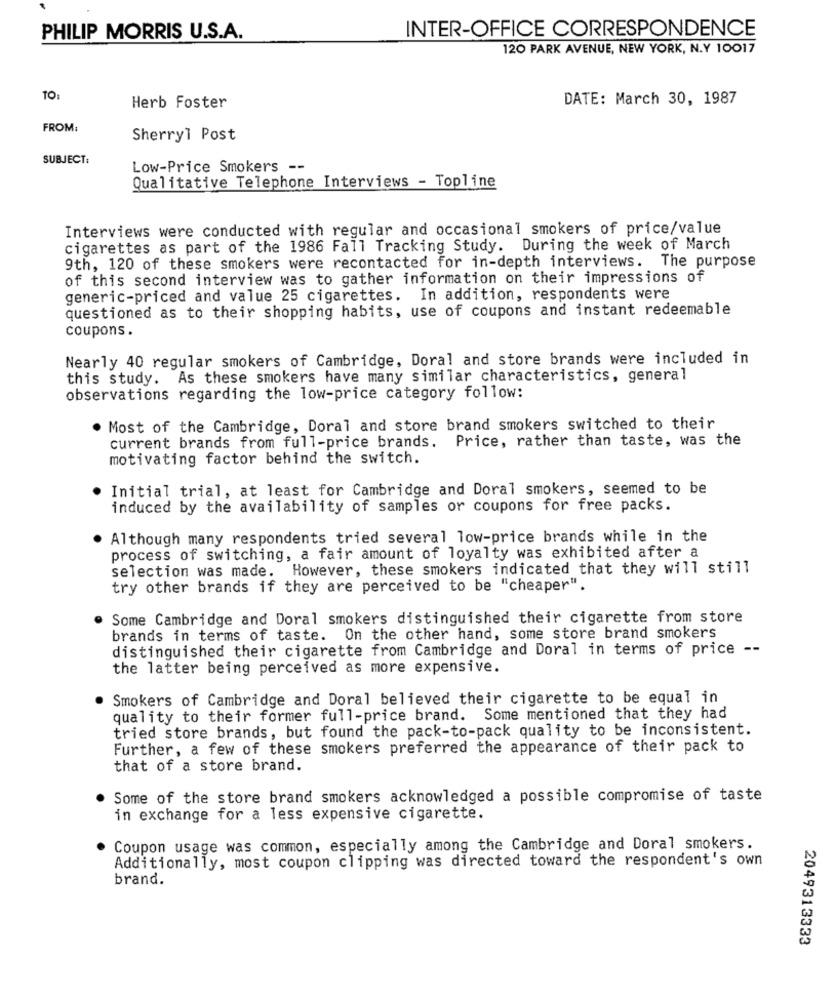
INTER-OFFICE CORRESPONDENCE
PHILIP MORRIS U.S.A.
120 PARK AVENUE, NEW YORK, N.Y 10017
TO:
DATE: March 30, 1987
Herb Foster
FROM:
Sherryl Post
SUBJECT:
Low-Price Smokers --
Qualitative Telephone Interviews - Topline
Interviews were conducted with regular and occasional smokers of price/value
cigarettes as part of the 1986 Fall Tracking Study. During the week of March
9th, 120 of these smokers were recontacted for in-depth interviews. The purpose
of this second interview was to gather information on their impressions of
generic-priced and value 25 cigarettes. In addition, respondents were
questioned as to their shopping habits, use of coupons and instant redeemable
coupons.
Nearly 40 regular smokers of Cambridge, Doral and store brands were included in
this study. As these smokers have many similar characteristics, general
observations regarding the low-price category follow:
Most of the Cambridge, Doral and store brand smokers switched to their
current brands from full-price brands. Price, rather than taste, was the
motivating factor behind the switch.
Initial trial, at least for Cambridge and Doral smokers, seemed to be
induced by the availability of samples or coupons for free packs.
Although many respondents tried several low-price brands while in the
process of switching, a fair amount of loyalty was exhibited after a
selection was made. However, these smokers indicated that they will still
try other brands if they are perceived to be "cheaper".
Some Cambridge and Doral smokers distinguished their cigarette from store
brands in terms of taste. On the other hand, some store brand smokers
distinguished their cigarette from Cambridge and Doral in terms of price --
the latter being perceived as more expensive.
Smokers of Cambridge and Doral believed their cigarette to be equal in
quality to their former full-price brand. Some mentioned that they had
tried store brands, but found the pack-to-pack quality to be inconsistent.
Further, a few of these smokers preferred the appearance of their pack to
that of a store brand.
Some of the store brand smokers acknowledged a possible compromise of taste
in exchange for a less expensive cigarette.
Coupon usage was common, especially among the Cambridge and Doral smokers.
Additionally, most coupon clipping was directed toward the respondent's own
brand.
2049313333